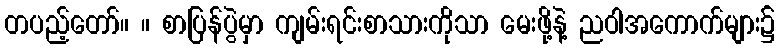
တပည့်တော်။ ။ စာပြန်ပွဲမှာ ကျမ်းရင်းစာသားကိုသာ မေးဖို့နဲ့ ညဝါအကောက်များ၌